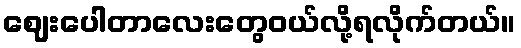
ဈေးပေါတာလေးတွေဝယ်လို့ရလိုက်တယ်။